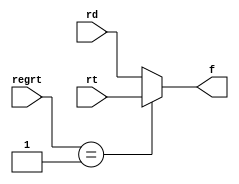
`timescale 1ns / 1ps
//////////////////////////////////////////////////////////////////////////////////
// Company: 
// Engineer: 
// 
// Design Name: 
// Module Name: RegMux
// Project Name: 
// Target Devices: 
// Tool Versions: 
// Description: 
// 
// Dependencies: 
// 
// Revision:
// Revision 0.01 - File Created
// Additional Comments:
// 
//////////////////////////////////////////////////////////////////////////////////


module RegMux(
        input [4:0] rt,
        input [4:0] rd,
        input [1:0] regrt,
        output reg [4:0] f
    );
    
    always @(*) begin 
        if (regrt == 1'b1) begin
            f <= rt;
        end 
        else begin
            f <= rd;
        end
    end
endmodule